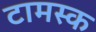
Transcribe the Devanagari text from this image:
टामस्क